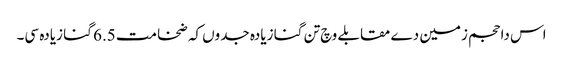
اس دا حجم زمین دے مقابلے وچ تن گنا زیادہ جدو‏ں کہ ضخامت 6.5 گنا زیادہ سی۔